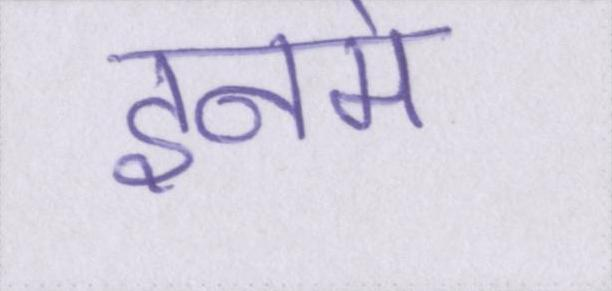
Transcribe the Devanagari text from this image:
इनमे